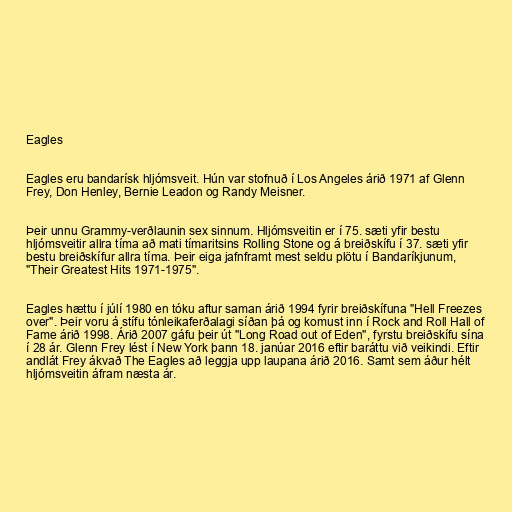
Eagles

Eagles eru bandarísk hljómsveit. Hún var stofnuð í Los Angeles árið 1971 af Glenn
Frey, Don Henley, Bernie Leadon og Randy Meisner.

Þeir unnu Grammy-verðlaunin sex sinnum. Hljómsveitin er í 75. sæti yfir bestu
hljómsveitir allra tíma að mati tímaritsins Rolling Stone og á breiðskífu í 37. sæti yfir
bestu breiðskífur allra tíma. Þeir eiga jafnframt mest seldu plötu í Bandaríkjunum,
"Their Greatest Hits 1971-1975".

Eagles hættu í júlí 1980 en tóku aftur saman árið 1994 fyrir breiðskífuna "Hell Freezes
over". Þeir voru á stífu tónleikaferðalagi síðan þá og komust inn í Rock and Roll Hall of
Fame árið 1998. Árið 2007 gáfu þeir út "Long Road out of Eden", fyrstu breiðskífu sína
í 28 ár. Glenn Frey lést í New York þann 18. janúar 2016 eftir baráttu við veikindi. Eftir
andlát Frey ákvað The Eagles að leggja upp laupana árið 2016. Samt sem áður hélt
hljómsveitin áfram næsta ár.